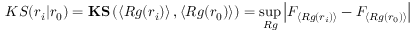
K S ( r _ { i } | r _ { 0 } ) = \mathbf { K S } \left( \left\langle R g ( r _ { i } ) \right\rangle , \left\langle R g ( r _ { 0 } ) \right\rangle \right) = \operatorname* { s u p } _ { R g } \left| F _ { \left\langle R g ( r _ { i } ) \right\rangle } - F _ { \left\langle R g ( r _ { 0 } ) \right\rangle } \right|